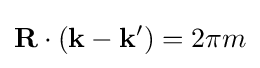
\mathbf {R} \cdot \left(\mathbf {k} -\mathbf {k^{\prime }} \right)=2\pi m